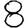
Digit: 8